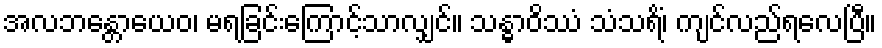
အလဘန္တောယေဝ၊ မရခြင်းကြောင့်သာလျှင်။ သန္ဓာဝိဿံ သံသရိံ၊ ကျင်လည်ရလေပြီ။